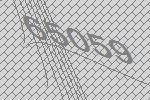
65059